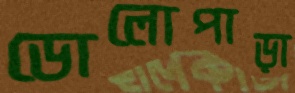
ডোলোপাড়া